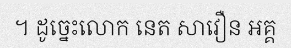
។ ដូច្នេះលោក នេត សាវឿន អគ្គ